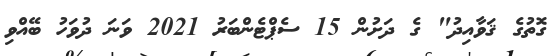
ގޮތުގެ ޤަވާއިދު" ގެ ދަށުން 15 ސެޕްޓެންބަރު 2021 ވަނަ ދުވަހު ބޭއްވި